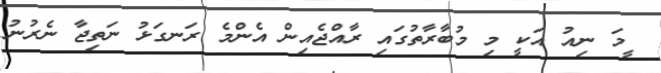
ީމަ ނިއު އަކީ މި މުބާރާތުގައި ރާއްޖެއިން އެންމެ ރަނގަޅު ނަތިޖާ ނެރުނު